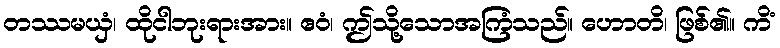
တဿမယှံ၊ ထိုငါဘုးရားအား။ ဧဝံ၊ ဤသို့သောအကြံသည်။ ဟောတိ၊ ဖြစ်၏။ ကိံ